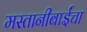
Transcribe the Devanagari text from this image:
मस्तानीबाईंचा